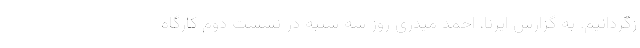
زگردانیم. به گزارش ایرنا، احمد میدری روز سه شنبه در نشست دوم کارگاه